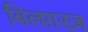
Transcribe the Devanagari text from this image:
बिलग़रज़